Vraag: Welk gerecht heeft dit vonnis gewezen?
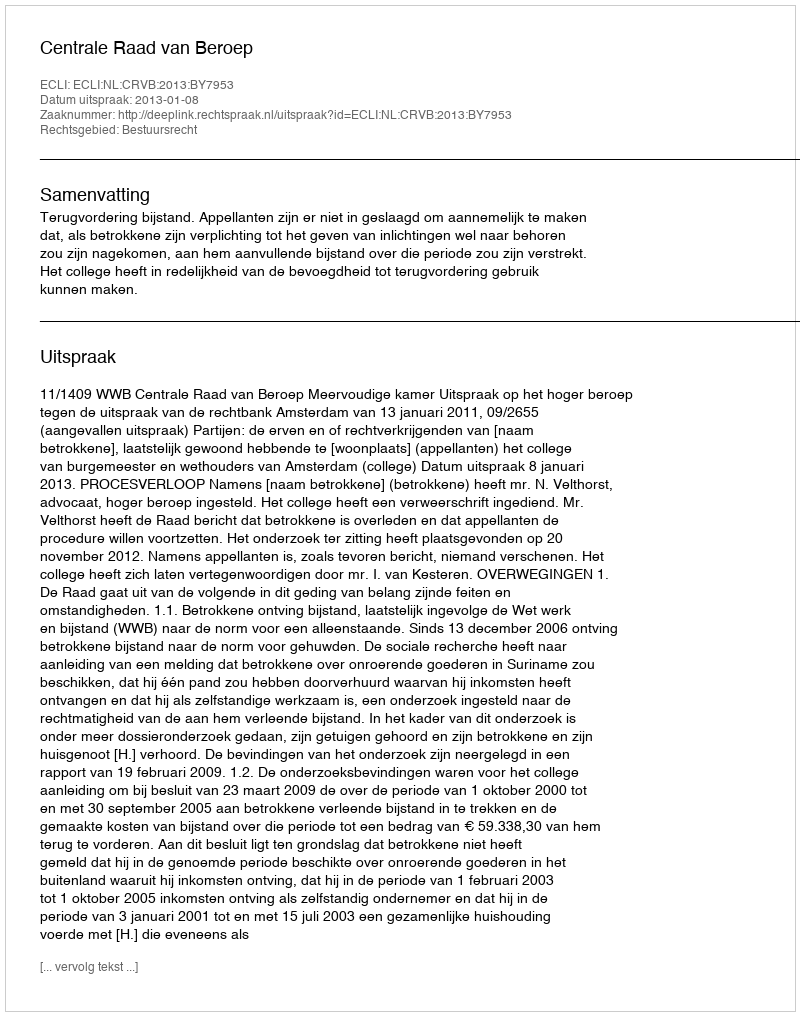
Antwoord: Centrale Raad van Beroep